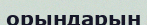
орындарын